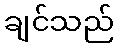
ချင်သည်